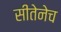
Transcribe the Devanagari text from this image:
सीतेनेच